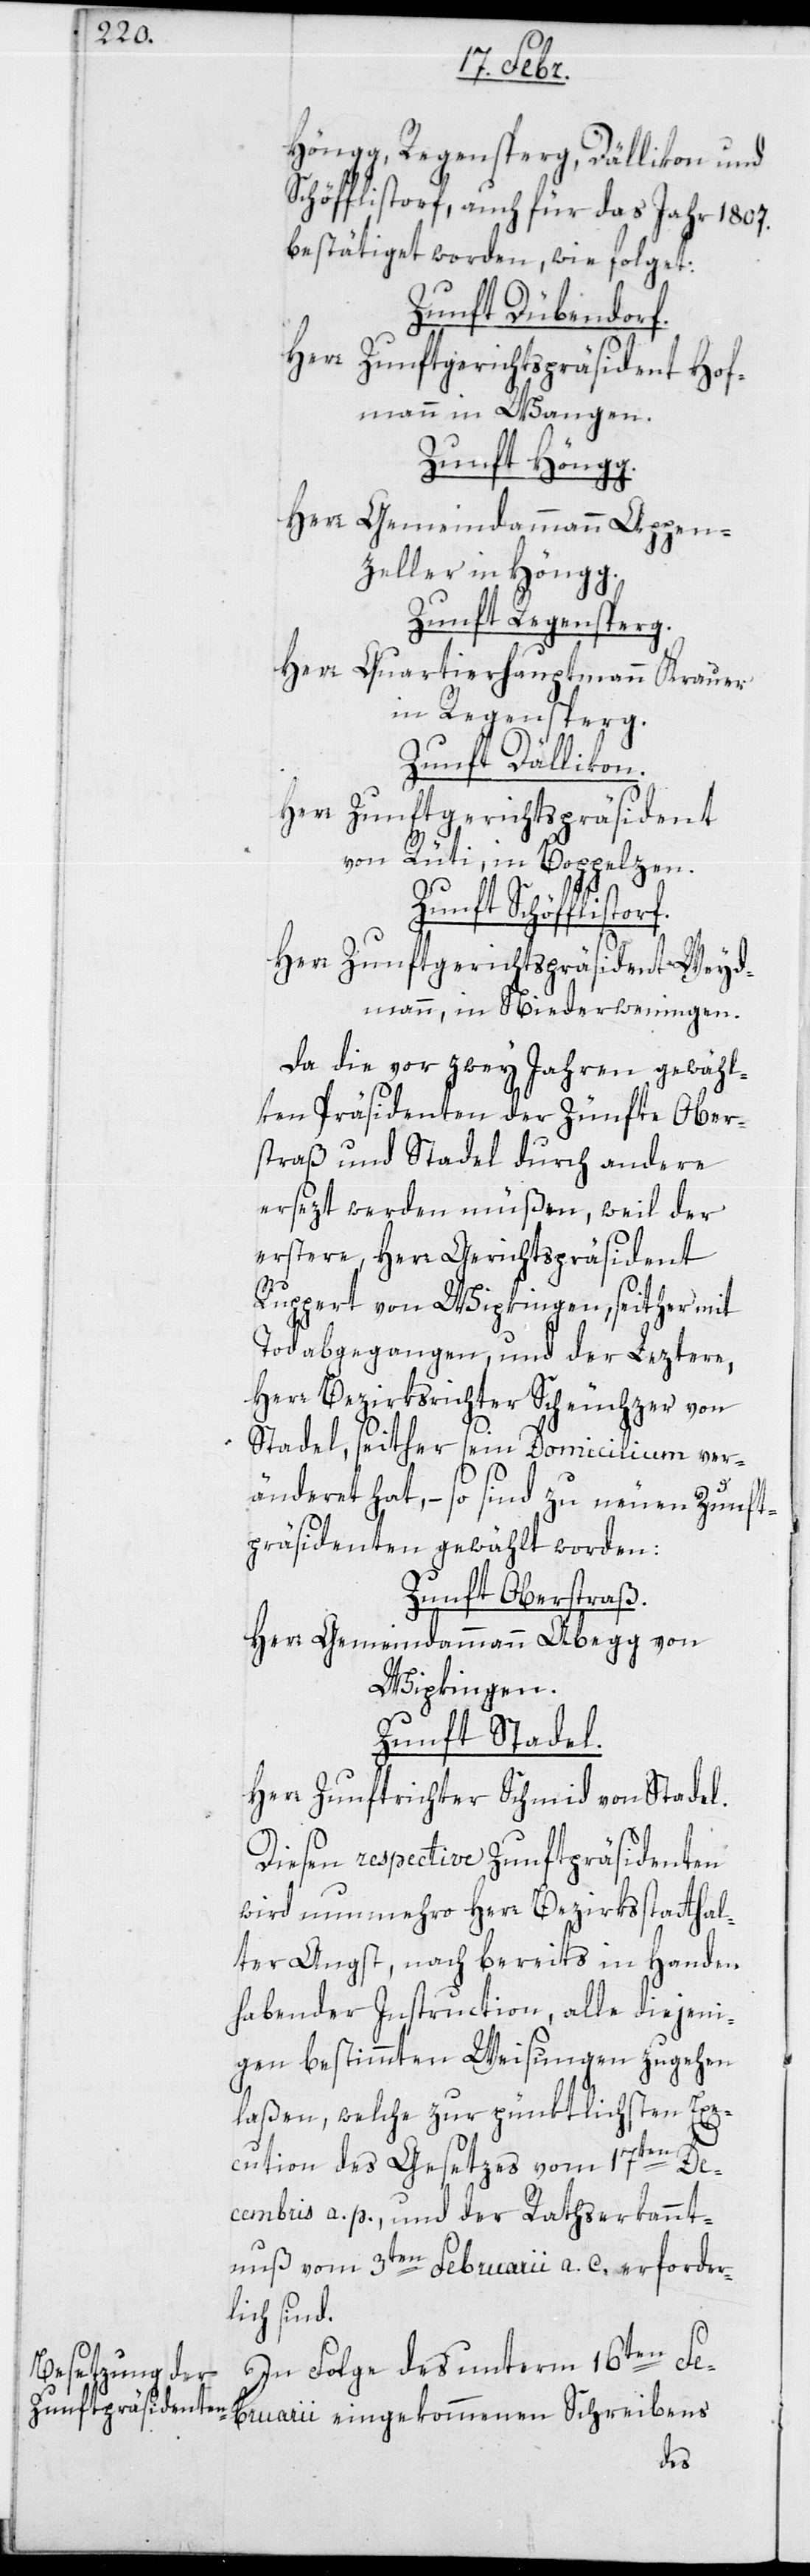
Höngg, Regensperg, Dällikon und
Schöfflistorf, auch für das Jahr 1807.
bestätiget worden, wie folget:
Zunft Dübendorf.
Herr Zunftgerichtspräsident
Hof¬
mann in Wangen.
Zunft Höngg.
Herr Gemeindammann Appen¬
zeller in Höngg.
Zunft Regensberg.
Herr Quartierhauptmann Krauer
in Regensperg.
Zunft Dällikon.
Herr Zunftgerichtspräsident
von Rüti, in Boppelzen.
Zunft Schöfflisdorf.
Herr Zunftgerichtspräsident Weyd¬
mann, in Niederwenigen.
Da die vor zwey Jahren gewähl¬
ten Präsidenten der Zünfte Ober¬
straß und Stadel durch andere
ersezt werden müßen, weil der
erstere, Herr Gerichtspräsident
Ruppert von Wipkingen, seither mit
Tod abgegangen, und der Leztere,
Herr Bezirksrichter Scheuchzer von
Stadel, seither sein Domicilium ver¬
änderet hat, – so sind zu neuen Zunft¬
präsidenten gewählt worden:
Zunft Oberstraß.
Herr Gemeindammann Abegg von
Wipkingen.
Zunft Stadel.
Herr Zunftrichter Schmid von Stadel.
Diesen respective Zunftpräsidenten
wird nunmehro Herr Bezirksstatthal¬
ter Angst, nach bereits in Handen
habender Instruction, alle diejeni¬
gen bestimmten Weisungen zugehen
laßen, welche zur pünktlichsten Exe¬
cution des Gesetzes vom 17ten De¬
cembris a. p. und der Rathserkannt¬
nuß vom 3ten Februarii a. c. erforder¬
lich sind.
In Folge des unterm 16ten Fe¬
bruarii eingekommenen Schreibens